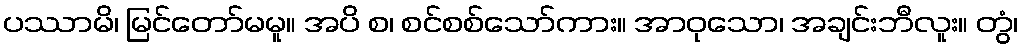
ပဿာမိ၊ မြင်တော်မမူ။ အပိ စ၊ စင်စစ်သော်ကား။ အာဝုသော၊ အချင်းဘီလူး။ တွံ၊